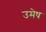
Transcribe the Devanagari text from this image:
उमेष